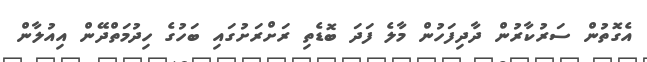
އެގޮތުން ސަރުކާރުން ދާދިފަހުން މާލެ ފަދަ ބޮޑެތި ރަށްރަށުގައި ބަހުގެ ހިދުމަތްދޭން އިއުލާން